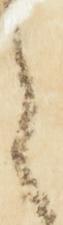
之